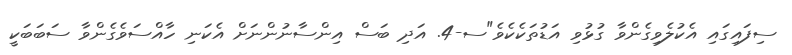
ސިފައިގައި އެކުލެވިގެންވާ ގުޅުވި އަޑުތަކެކެވެ"ސ-4. އަދި ބަސް އިންސާނުންނަށް އެކަނި ހާއްސަވެގެންވާ ސަބަބަކީ